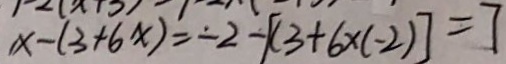
x - ( 3 + 6 x ) = - 2 - [ ( 3 + 6 \times ( - 2 ) ] = 7